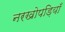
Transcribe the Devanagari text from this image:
नरखोपड़ियाँ